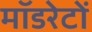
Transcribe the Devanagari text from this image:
मॉडरेटों